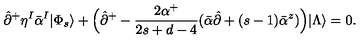
\hat { \partial } ^ { + } \eta ^ { I } \bar { \alpha } ^ { I } | \Phi _ { s } \rangle + \Bigl ( \hat { \partial } ^ { + } - \frac { 2 \alpha ^ { + } } { 2 s + d - 4 } ( \bar { \alpha } \hat { \partial } + ( s - 1 ) \bar { \alpha } ^ { z } ) \Bigr ) | \Lambda \rangle = 0 .